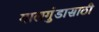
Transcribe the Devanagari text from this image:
गालगुंडासाठी